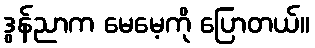
ဒွန်ညာက မေမေ့ကို ပြောတယ်။